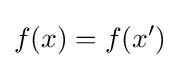
f(x)=f(x^{\prime })